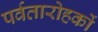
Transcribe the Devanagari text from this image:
पर्वतारोहकों